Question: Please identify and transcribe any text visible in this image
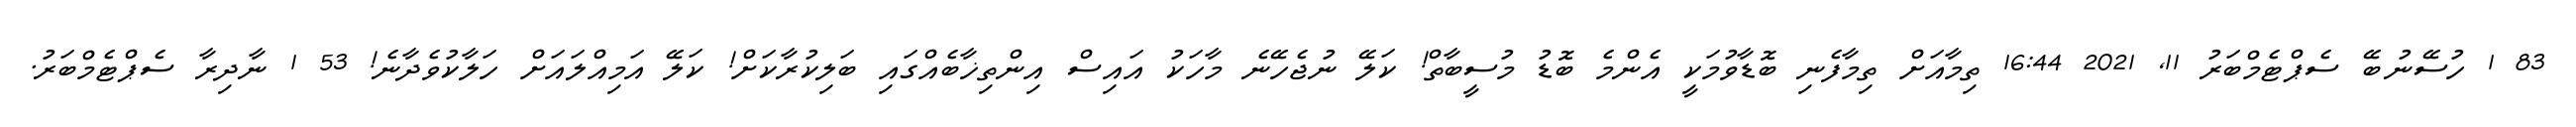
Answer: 83 1 ހުސޭނުބޭ ސެޕްޓެމްބަރު 11, 2021 16:44 ތިމާއަށް ތިމާފެނި ބޮޑާވުމަކީ އެންމެ ބޮޑު މުސީބާތް! ކަލޭ ނުޖެހޭނެ މާހަކު އައިސް އިންތިޚާބެއްގައި ބަލިކުރާކަށް! ކަލޭ އަމިއްލައަށް ހަލާކުވެދާނެ! 53 1 ނާދިރާ ސެޕްޓެމްބަރު.